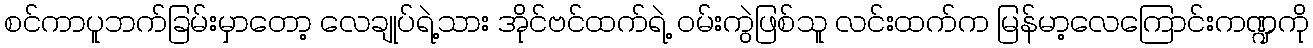
စင်ကာပူဘက်ခြမ်းမှာတော့ လေချုပ်ရဲ့သား အိုင်ဗင်ထက်ရဲ့ ဝမ်းကွဲဖြစ်သူ လင်းထက်က မြန်မာ့လေကြောင်းကဏ္ဍကို